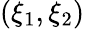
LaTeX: (\xi_{1},\xi_{2})